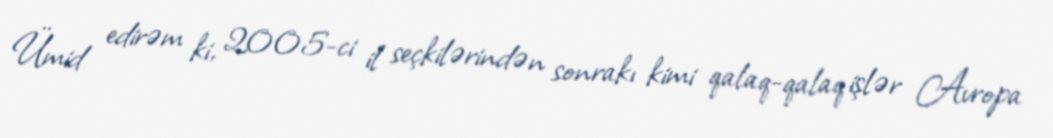
Ümid edirəm ki, 2005-ci il seçkilərindən sonrakı kimi qalaq-qalaq işlər Avropa